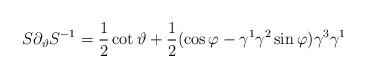
LaTeX: \begin{align*}S\partial _\vartheta S^{-1}=\frac 12\cot \vartheta +\frac 12(\cos\varphi -\gamma ^1\gamma ^2\sin \varphi )\gamma ^3\gamma ^1\end{align*}